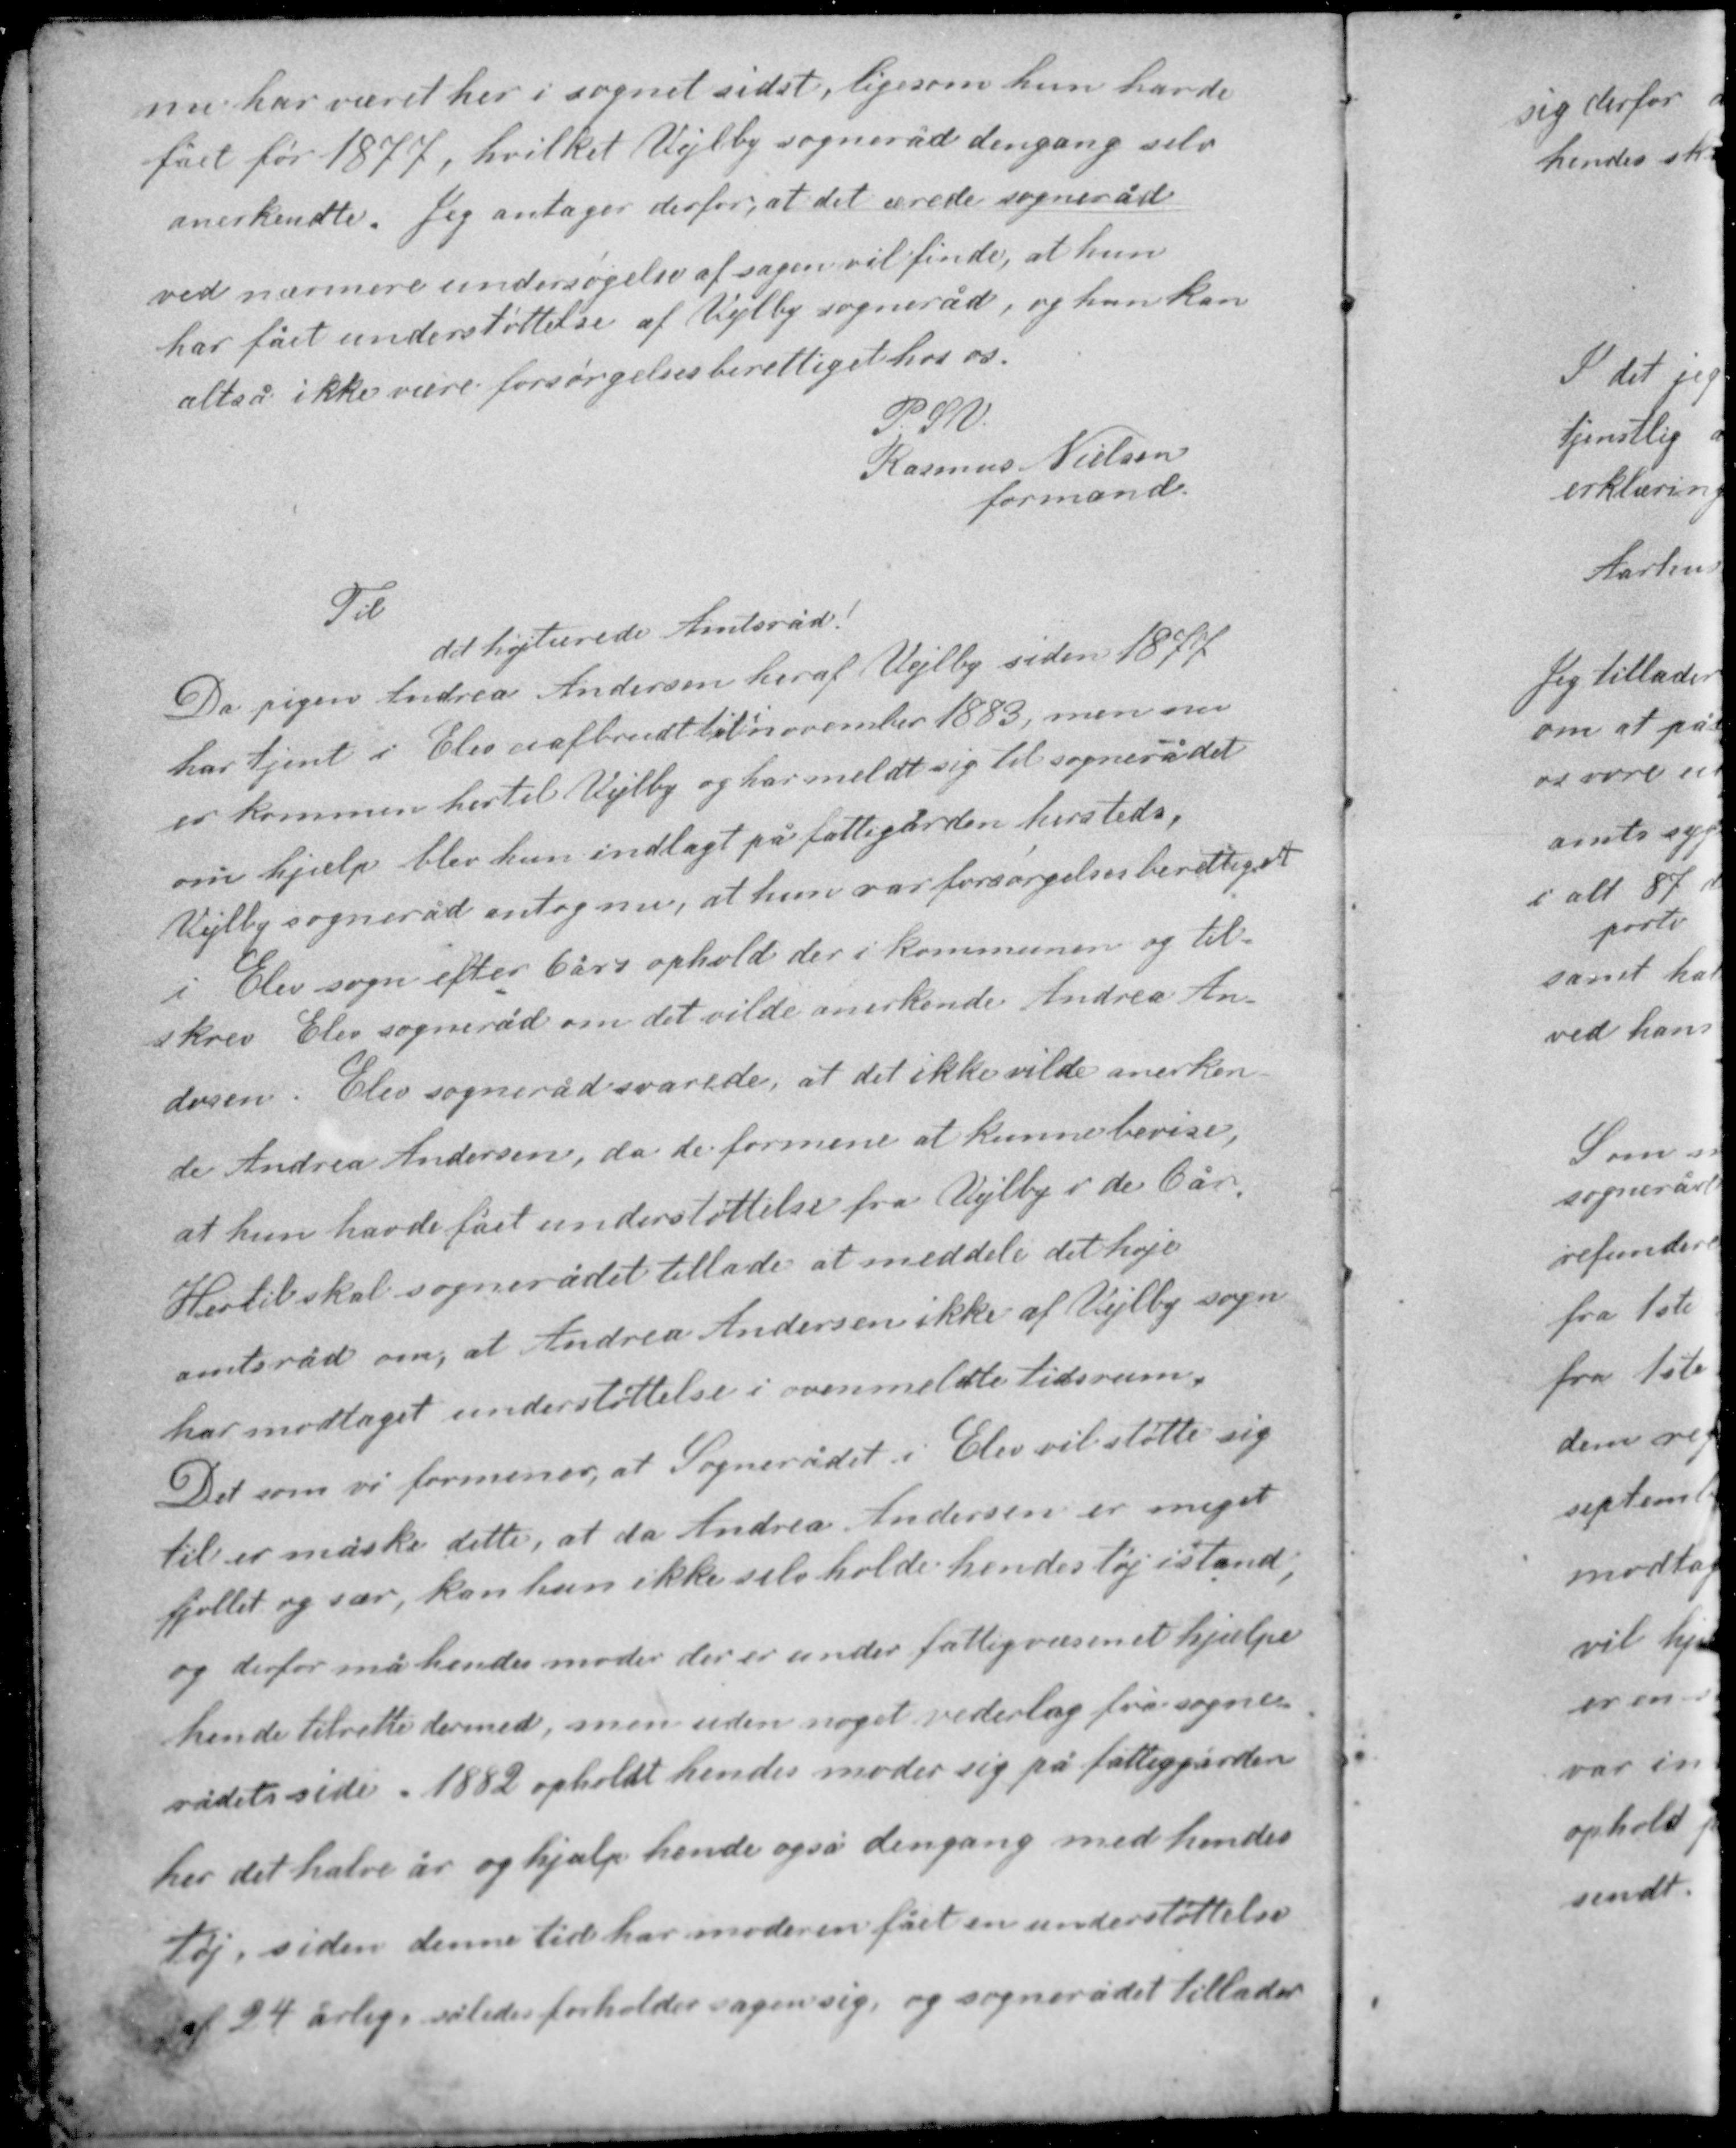
Transskription:
nu har været her i sognet sidst, ligesom hun havde
fået før 1877, hvilket Vejlby sogneråd dengang selv
anerkendte. Jeg antager derfor, at det ærede sogneråd
ved nærmere undersøgelse af sagen vil finde, at hun
har fået understøttelse af Vejlby sogneråd, og hun kan
altså ikke være forsørgelsesberettiget hos os.

P.S.V.
Rasmus Nielsen
formand

Til
det højtærede Amtsråd.
Da pigen Andrea Andersen her af Vejlby siden 1877
har tjent i Elev uafbrudt til november 1883, men som
er kommen hertil Vejlby og har meldt sig til sognerådet
om hjælp blev hun indlagt på fattiggården hersteds.
Vejlby sogneråd antog nu, at hun var forsørgelsesberettiget
i Elev sogn efter 6 års ophold der i kommunen og til-
skrev Elev sogneråd om det vilde anerkende Andrea An-
dersen. Elev sogneråd svarede at det ikke vilde anerken-
de Andrea Andersen, da de formene at kunne bevise,

at hun havde fået understøttelse fra Vejlby i de 6 år.
Hertil skal sognerådet tillade at meddele det høje
amtsråd om, at Andrea Andersen ikke af Vejlby sogn
har modtaget understøttelse i ovenmeldte tildsrum.

Det som vi formener at Sognerådet i Elev vil støtte sig
til er måske dette, at da Andrea Andersen er meget
fjollet og sær, kan hun ikke selv holde hendes tøj istand,
og derfor må hendes moder der er under fattigvæsenet hjælpe
hende tilrette dermed, men uden noget vederlag fra sogne-
rådets side. 1882 opholdt hendes moder sig på fattiggården
her det halve år og hjalp hende også dengang med hendes
tøj, siden denne tid har moderen fået en understøtelse
af 24 årlig, således forholder sagen sig og sognerådet tillader